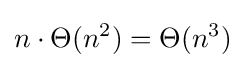
n\cdot \Theta (n^{2})=\Theta (n^{3})